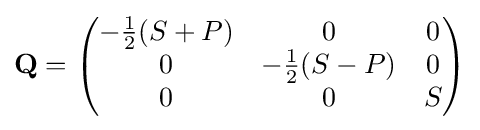
\mathbf {Q} ={\begin{pmatrix}-{\frac {1}{2}}(S+P)&0&0\\0&-{\frac {1}{2}}(S-P)&0\\0&0&S\\\end{pmatrix}}